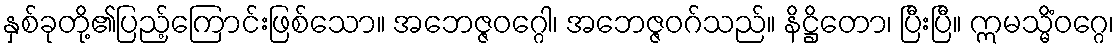
နှစ်ခုတို့၏ပြည့်ကြောင်းဖြစ်သော။ အဘေဇ္ဇဝဂ္ဂေါ၊ အဘေဇ္ဇဝဂ်သည်။ နိဋ္ဌိတော၊ ပြီးပြီ။ ဣမသ္မိံဝဂ္ဂေ၊